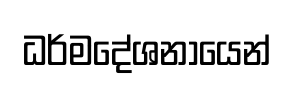
ධර්මදේශනායෙන්